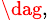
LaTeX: ^{\dag,}